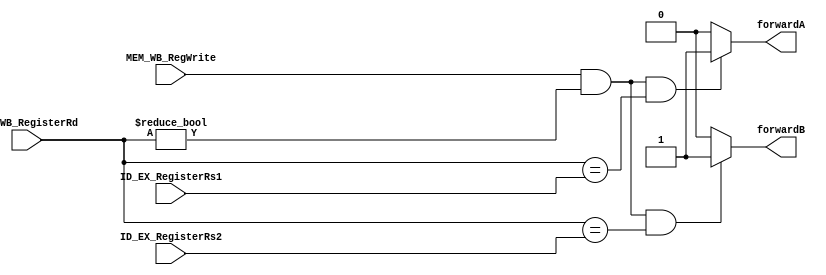
`timescale 1ns / 1ps
//////////////////////////////////////////////////////////////////////////////////
// Company: 
// Engineer: 
// 
// Design Name: 
// Module Name: forwarding_unit
// Project Name: 
// Target Devices: 
// Tool Versions: 
// Description: 
// 
// Dependencies: 
// 
// Revision:
// Revision 0.01 - File Created
// Additional Comments:
// 
//////////////////////////////////////////////////////////////////////////////////


module forward_unit(input [4:0] ID_EX_RegisterRs1, input [4:0] ID_EX_RegisterRs2, input [4:0] MEM_WB_RegisterRd, input MEM_WB_RegWrite, 
output reg forwardA, output reg forwardB);

    always@(*)begin
        // if ( EX_MEM_RegWrite && (EX_MEM_RegisterRd != 0) && (EX_MEM_RegisterRd == ID_EX_RegisterRs1)) 
        //         forwardA = 2'b10;

        //  else 
         if ( MEM_WB_RegWrite && (MEM_WB_RegisterRd != 0) && (MEM_WB_RegisterRd == ID_EX_RegisterRs1) )   
                    forwardA = 1;
         else forwardA = 0;


 /*       if ( EX_MEM_RegWrite && (EX_MEM_RegisterRd != 0) && (EX_MEM_RegisterRd == ID_EX_RegisterRs2)) 
                 forwardB = 2'b10;
        
      
        else 
        */
        if ( MEM_WB_RegWrite && (MEM_WB_RegisterRd != 0) && (MEM_WB_RegisterRd == ID_EX_RegisterRs2) )
                    forwardB =1;
        else 
                    forwardB = 0;
    end


endmodule